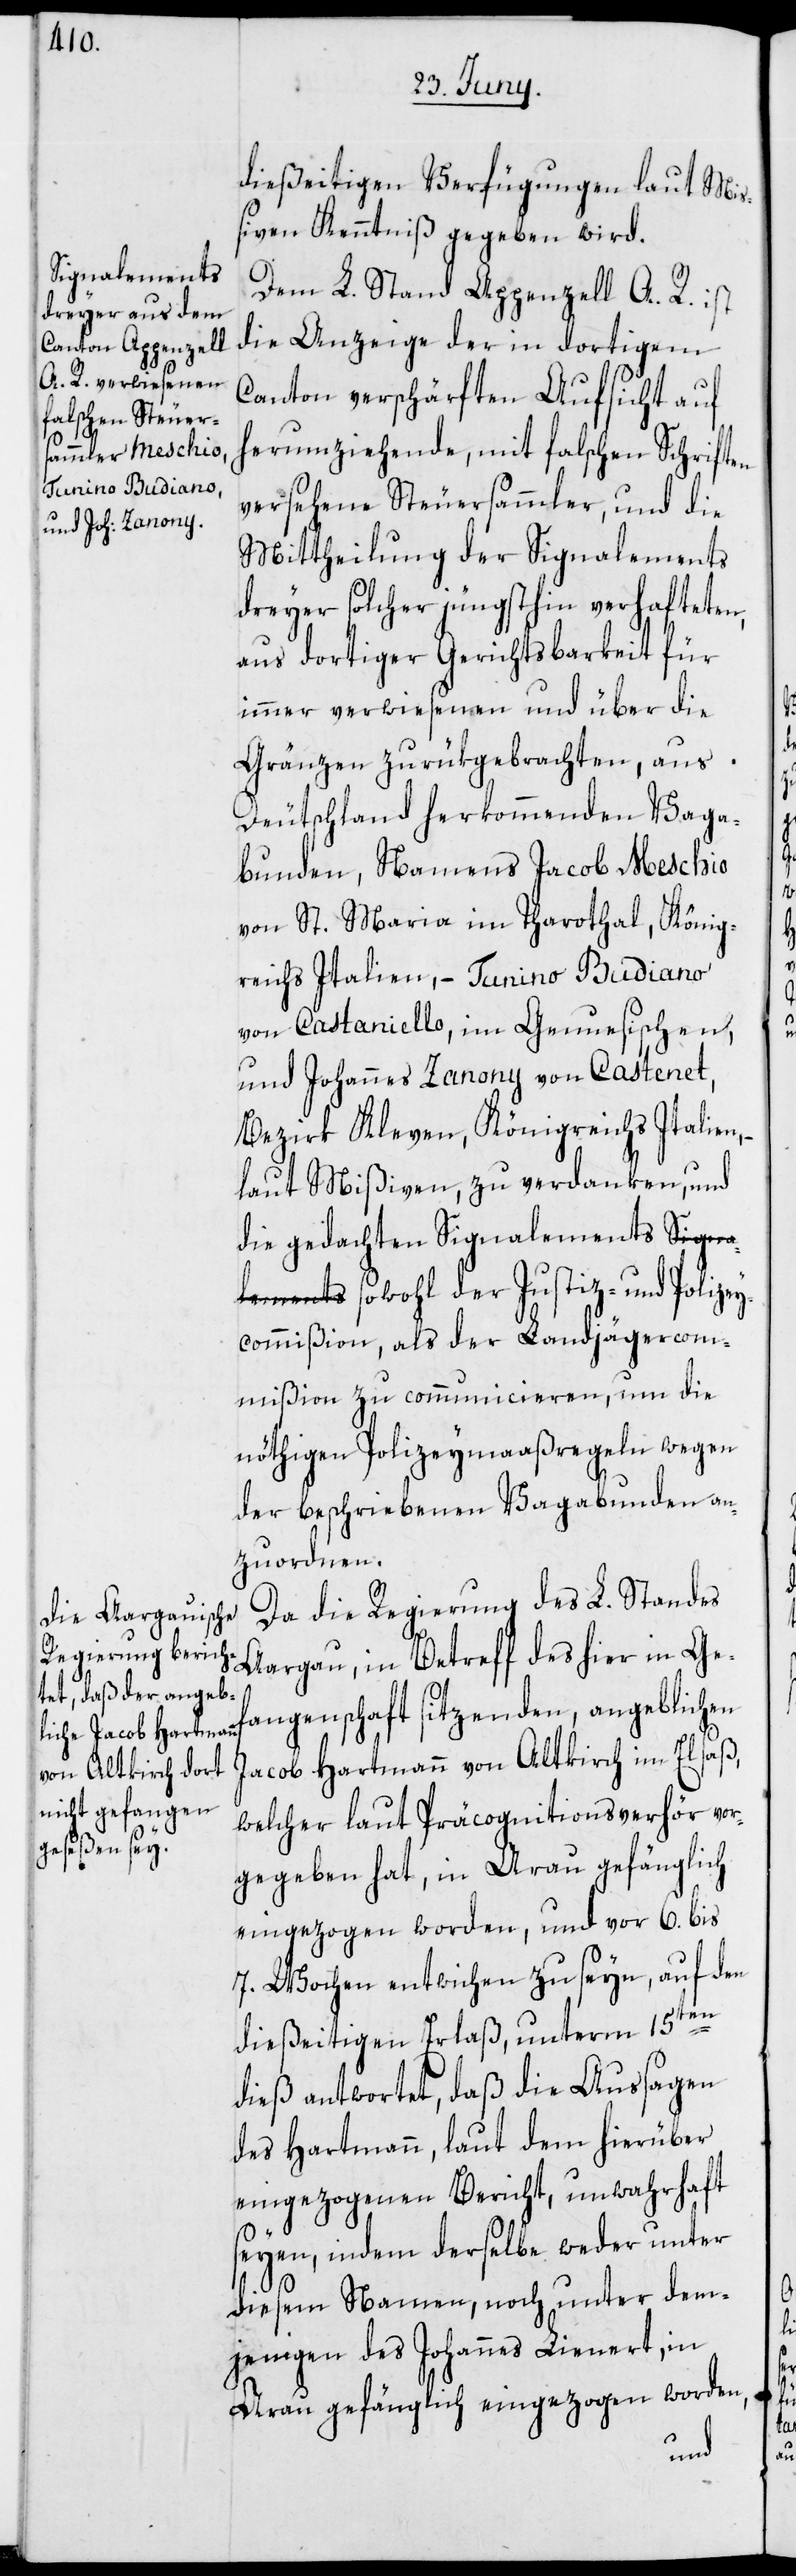
dießseitigen Verfügungen laut Miß¬
iven Kenntniß gegeben wird.
Dem L. Stand Appenzell A. R. ist
die Anzeige der in dortigem
Canton verschärften Aufsicht auf
herumziehende, mit falschen Schriften
versehene Steuersammler, und die
Mittheilung der Signalements
dreyer solcher jüngsthin verhafteten,
aus dortiger Gerichtsbarkeit für
immer verwiesenen und über die
Gränzen zurükgebrachten, aus
Deutschland herkommenden Vaga¬
bunden, Namens Jacob Meschio
von St. Maria im Tharothal, König¬
reichs Italien, – Tunino Budiano
von Castaniello, im Genuesischen,
und Johannes Zanony von Castenet,
Bezirk Kleven, Königreichs Italien,
laut Mißiven, zu verdanken, und
die gedachten Signalements sowohl
ycommißion, als der Landjägercom¬
mißion zu communicieren, um die
nöthigen Polizeymaaßregeln wegen
der beschriebenen Vagabunden an¬
zuordnen.
Da die Regierung des L. Standes
Aargau, in Betreff des hier in Gef¬
angenschaft sitzenden angeblichen
Jacob Hartmannn von Altkirch im Elsaß,
welcher laut Präcognitionsverhör vor¬
gegeben hat, in Arau gefänglich
eingezogen worden, und vor 6. bis
7. Wochen entwichen zu seyn, auf den
dießseitigen Erlaß, unterm 15ten
dieß antwortet, daß die Aussagen
des Hartmann, laut dem hierüber
eingezogenen Bericht, unwahrhaft
seyen, indem derselbe weder unter
diesem Namen, noch unter dem¬
jenigen des Johannes Lienert, in
Arau gefänglich eingezogen worden,
ize¬